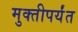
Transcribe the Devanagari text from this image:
मुक्तीपर्यंत